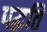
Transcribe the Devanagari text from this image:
पद्घति